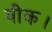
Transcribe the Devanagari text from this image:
वीक।